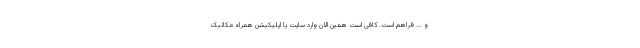
و ... فراهم است. کافی است همین الان وارد سایت یا اپلیکیشن همراه مکانیک